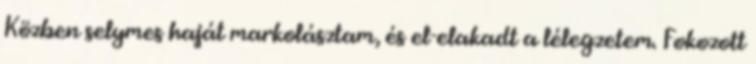
Közben selymes haját markolásztam, és el-elakadt a lélegzetem. Fokozott